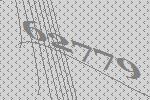
62779